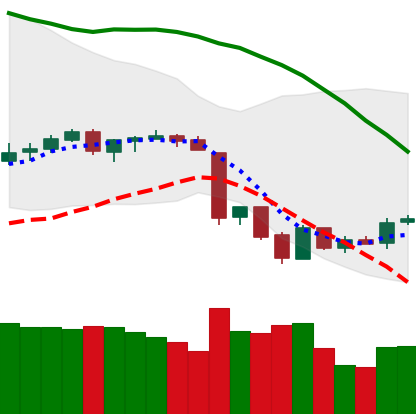
Ticker: BTC-USD
Chart end date: 2018-06-19
Forward return: -8.814%
Label: down_7plus